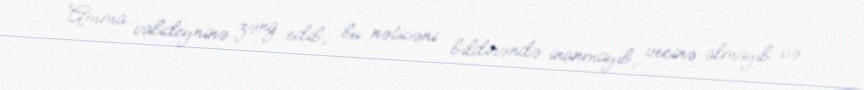
Amma valideyninə zəng edib, bu nəticəni bildirəndə inanmayıb, vecinə almayıb və